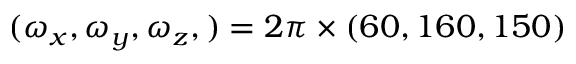
( \omega _ { x } , \omega _ { y } , \omega _ { z } , ) = 2 \pi \times ( 6 0 , 1 6 0 , 1 5 0 )